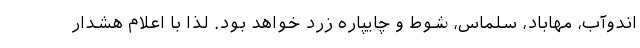
اندوآب، مهاباد، سلماس، شوط و چایپاره زرد خواهد بود. لذا با اعلام هشدار